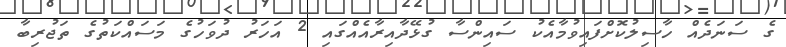
ގެ ސަނަދެއް ހާސިލުކޮށްފައިވުމާއެކު ސައިންސާ ގުޅޭދާއިރާއެއްގައި 2 އަހަރު ދުވަހުގެ މަސައްކަތުގެ ތަޖުރިބާ